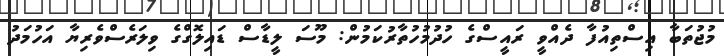
މުޖުތަބާ އިސްތިއުފާ ދެއްވީ ރައީސްގެ ހުދުމުހުތާރުކަމުން: މޫސަ ލީޑާސް ޑައިލޮގްގެ ވިލަރެސްވެރިޔާ އަހުމަދު